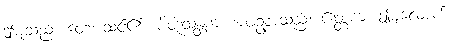
ဤမျှသည်။ တေ၊ သင်၏။ ပိတုသန္တကံ၊ အဖဥစ္စာသည်။ ဧတ္တကံ၊ ဤမျှလောက်။